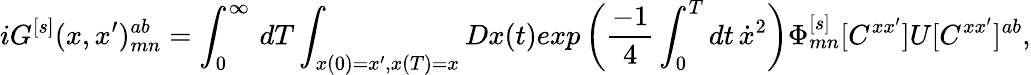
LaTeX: iG^{[s]}(x,x^{\prime})_{mn}^{ab}=\int_{0}^{\infty}\, dT\int_{x(0)=x^{\prime},x(T)=x}Dx(t)exp\left({\frac{-1}{4}}\int_{0}^{T}dt\, \dot{x}^{2}\right)\Phi_{mn}^{[s]}[C^{xx^{\prime}}]U[C^{xx^{\prime}}]^{ab},